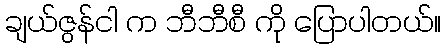
ချယ်ဇွန်ငါ က ဘီဘီစီ ကို ပြောပါတယ်။